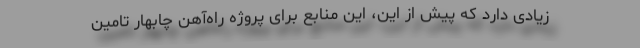
زیادی دارد که پیش از این، این منابع برای پروژه راه‌آهن چابهار تامین